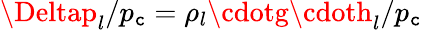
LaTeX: \Deltap_{l}/p_{\mathtt{c}}=\rho_{l}\cdotg\cdoth_{l}/p_{\mathtt{c}}